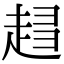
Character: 𧻫